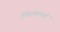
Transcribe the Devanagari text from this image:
स्थिरकारकों